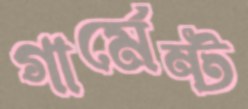
গার্মেন্ট